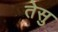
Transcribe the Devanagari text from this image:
तेसु